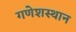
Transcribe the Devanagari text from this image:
गणेशस्थान